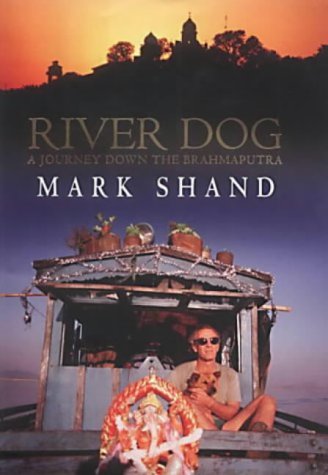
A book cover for River Dog: A Journey Along the Brahmaputra; Mark Shand; Travel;